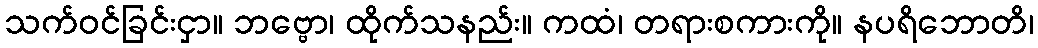
သက်ဝင်ခြင်းငှာ။ ဘဗ္ဗော၊ ထိုက်သနည်း။ ကထံ၊ တရားစကားကို။ နပရိဘောတိ၊